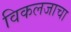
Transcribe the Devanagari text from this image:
विकलजाचा